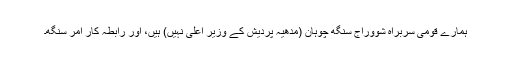
ہمارے قومی سربراہ شووراج سنگھ چوہان (مدھیہ پردیش کے وزیر اعلیٰ نہیں) ہیں، اور رابطہ کار امر سنگھ۔